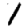
Digit: 1